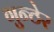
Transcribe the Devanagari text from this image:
गुन्ठेर